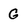
Character: G